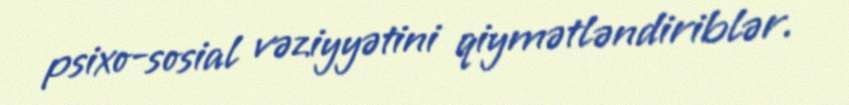
psixo-sosial vəziyyətini qiymətləndiriblər.